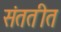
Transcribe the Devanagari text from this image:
संततीत